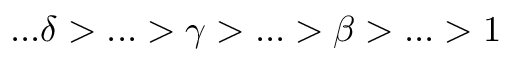
. . . \delta > . . . > \gamma > . . . > \beta > . . . > 1